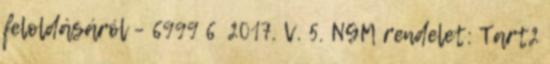
feloldásáról – 6999 6 2017. V. 5. NGM rendelet: Tart2